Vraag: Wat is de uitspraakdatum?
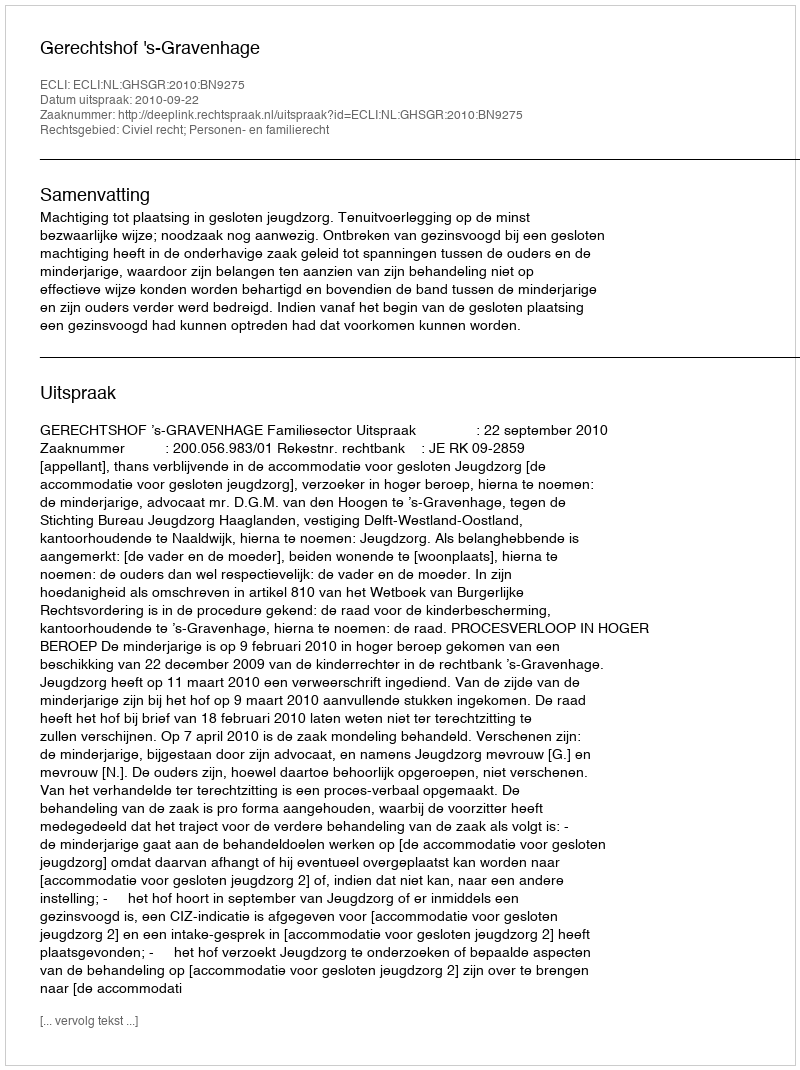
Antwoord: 2010-09-22